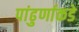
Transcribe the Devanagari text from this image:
पांढुर्णाकडे